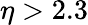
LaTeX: \eta>2.3